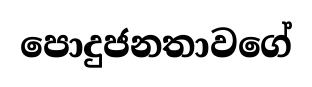
පොදුජනතාවගේ